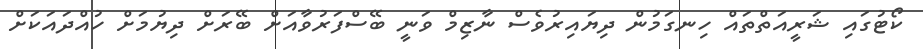
ކޯޓުގައި ޝަރީއަތްތައް ހިނގަމުން ދިޔައިރުވެސް ނާޒިމް ވަނީ ބޭސްފަރުވާއަށް ބޭރަށް ދިޔުމަށް ހުއްދައަކަށް